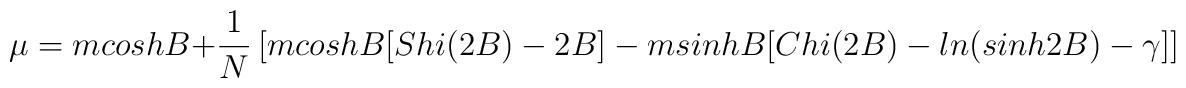
\mu = m cosh B + \frac{1}{N}\left[m cosh B[Shi(2B) - 2B] - m sinh B[Chi(2B) - ln(sinh 2B) - \gamma]\right]